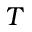
T